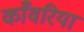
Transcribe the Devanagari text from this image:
काँवरिया